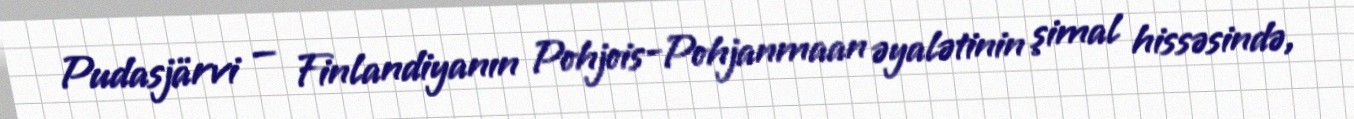
Pudasjärvi — Finlandiyanın Pohjois-Pohjanmaan əyalətinin şimal hissəsində,